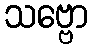
သဗ္ဗော